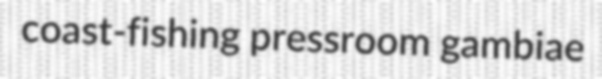
coast-fishing pressroom gambiae